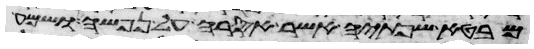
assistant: מבטא שפתיה אשר אסרה על נפשה ושמע